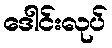
ဒေါင်းလုပ်